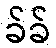
ခ်ခ်